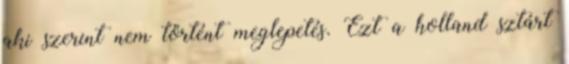
aki szerint nem történt meglepetés. Ezt a holland sztárt